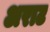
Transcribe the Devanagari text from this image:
अराट